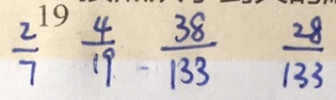
\frac { 2 } { 7 } \frac { 4 } { 1 9 } \frac { 3 8 } { 1 3 3 } \frac { 2 8 } { 1 3 3 }